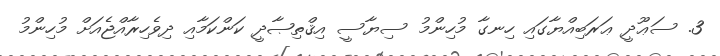
3. ސަޢޫދީ ޢަރަބިއްޔާގައި ހިނގާ މުހިންމު ސިޔާސީ އިޤްތިޞާދީ ކަންކަމާއި ދިވެހިރާއްޖެއަށް މުހިންމު